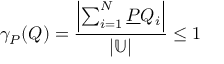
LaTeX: \gamma _ { P } ( Q ) = { \frac { \left| \sum _ { i = 1 } ^ { N } { \underline { { P } } } Q _ { i } \right| } { \left| \mathbb { U } \right| } } \leq 1